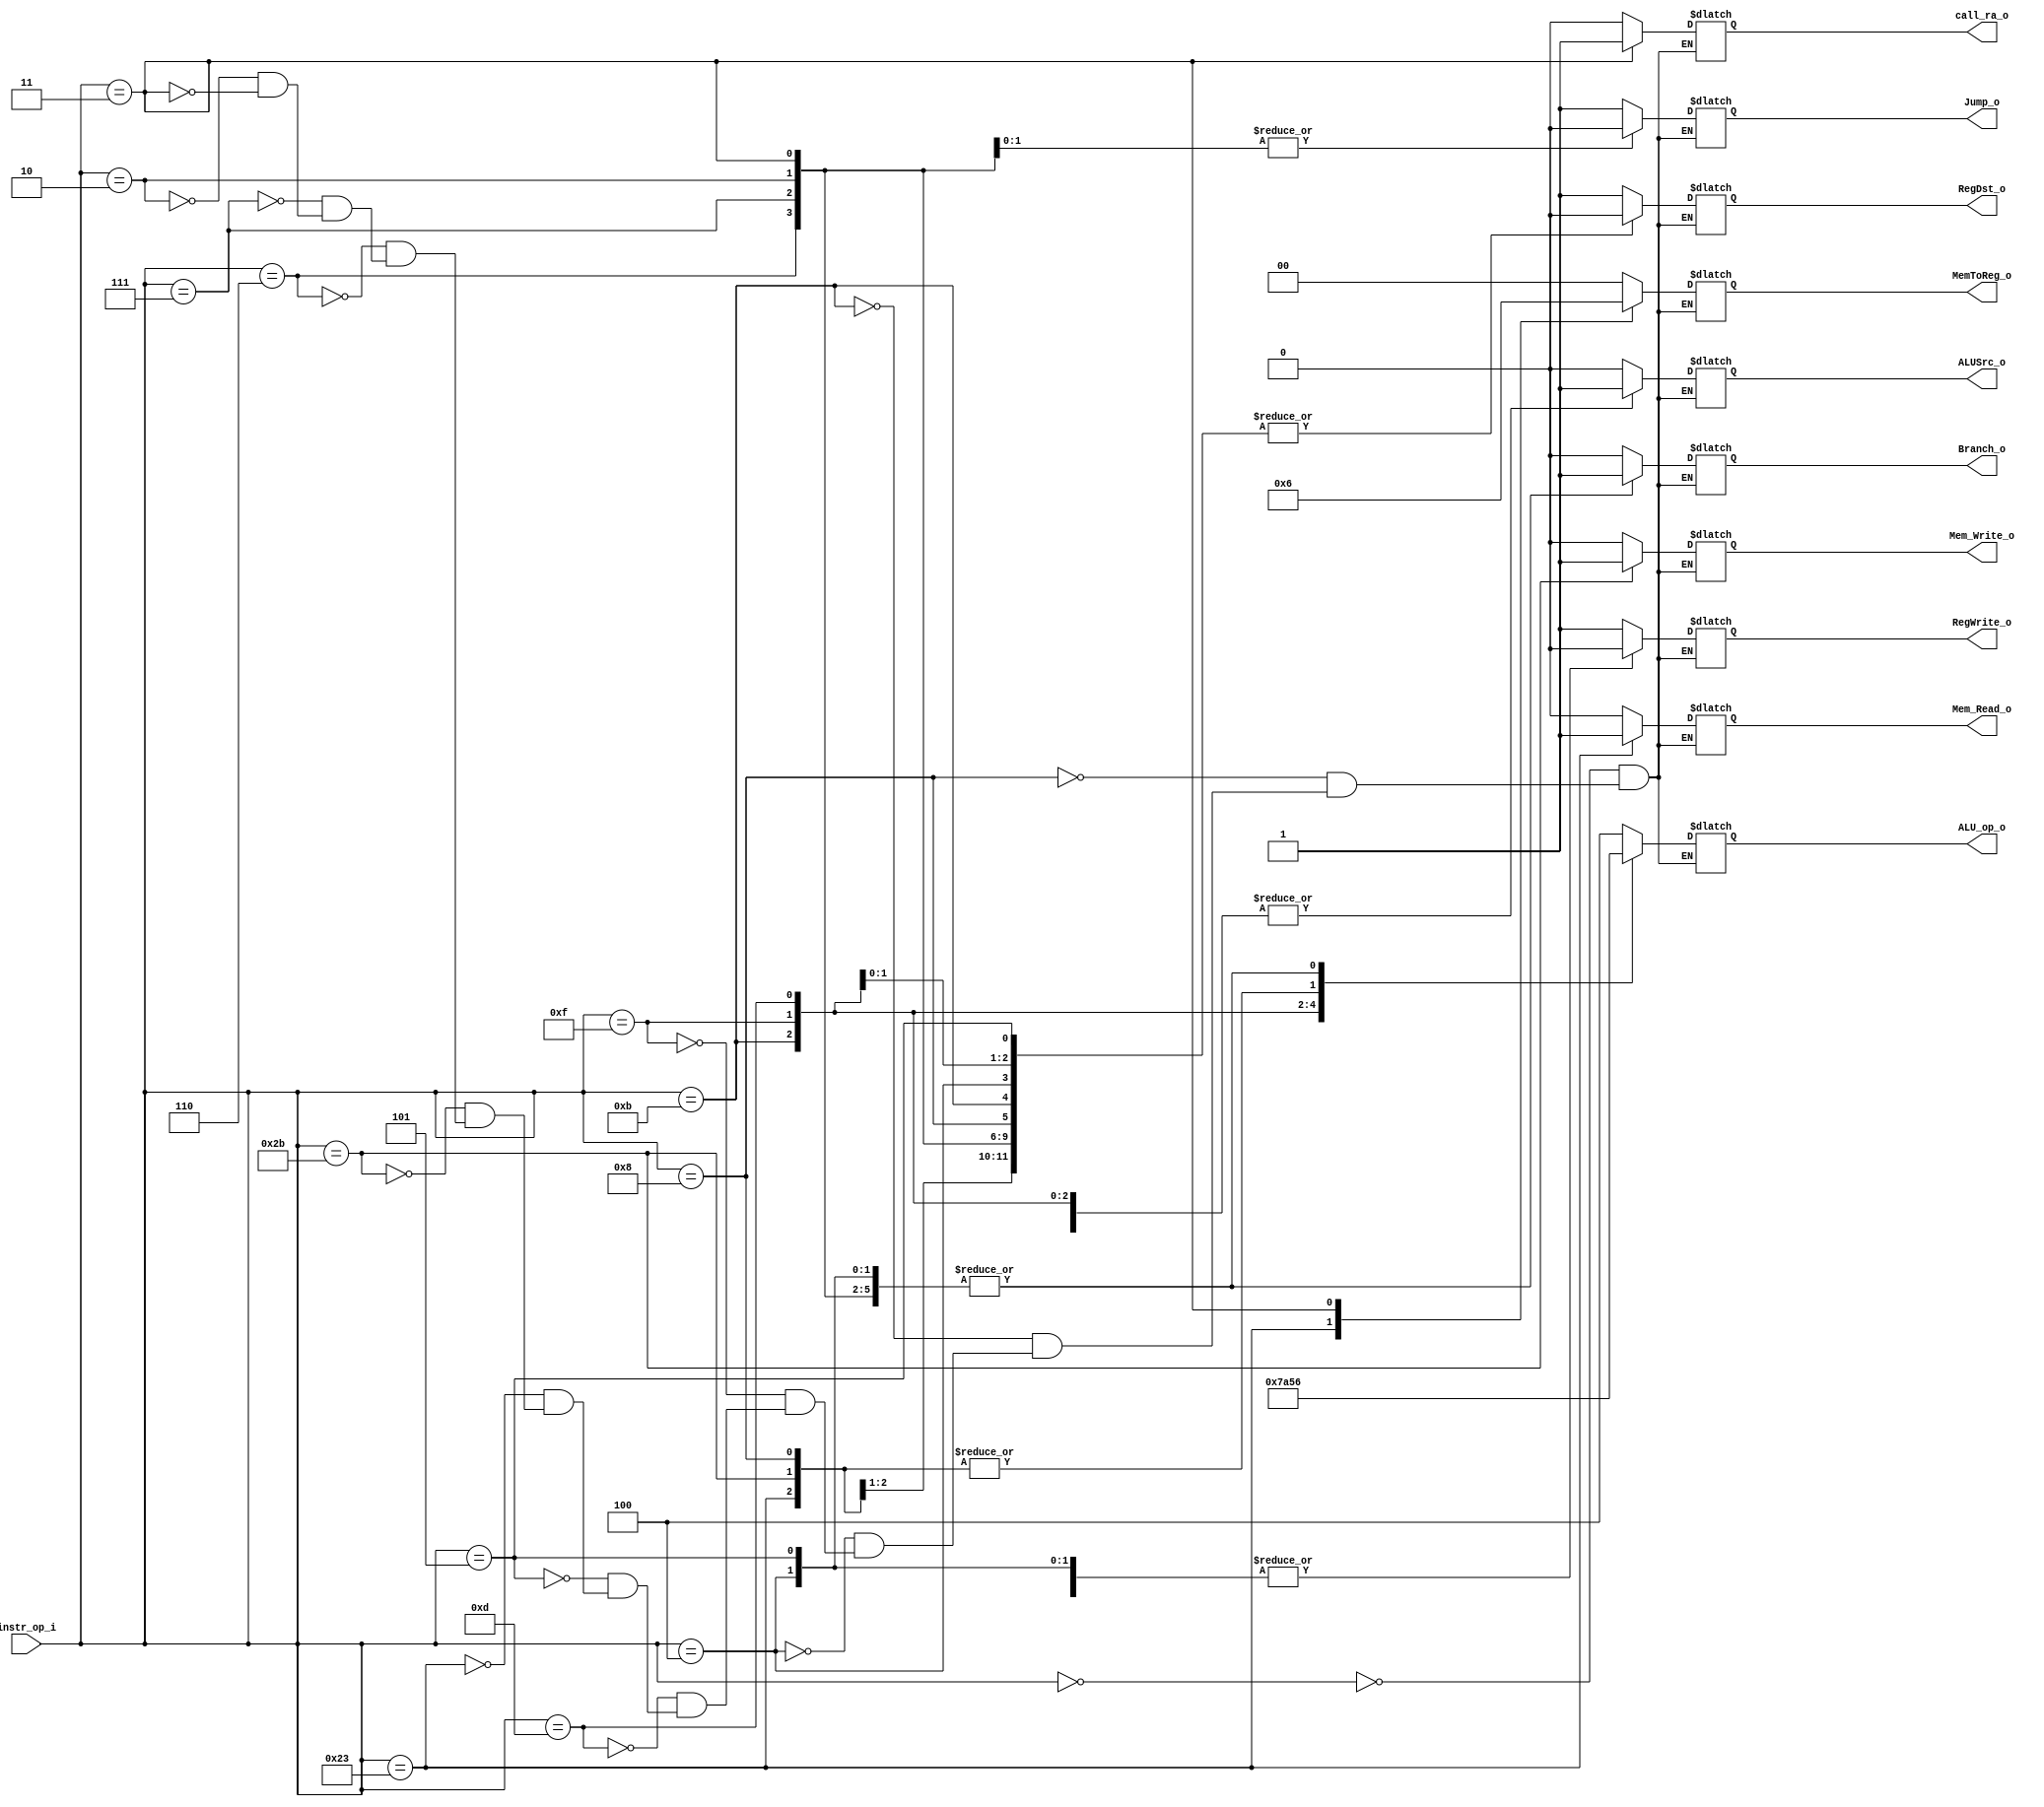

module Decoder(
    instr_op_i,
    RegWrite_o,
    ALU_op_o,
    ALUSrc_o,
    RegDst_o,
    Branch_o,
    Mem_Read_o,
    Mem_Write_o,
    MemToReg_o,
    Jump_o,
    call_ra_o
    );

//I/O ports
input  [6-1:0] instr_op_i;

output         RegWrite_o;
output [3-1:0] ALU_op_o;
output         ALUSrc_o;
output         RegDst_o;
output         Branch_o;
output		   Mem_Read_o;
output         Mem_Write_o;
output [2-1:0] MemToReg_o;
output         Jump_o;
output 		   call_ra_o;

//Internal Signals
reg    [3-1:0] ALU_op_in_o;
reg            ALUSrc_in_o;
reg            RegWrite_in_o;
reg            RegDst_in_o;
reg            Branch_in_o;
reg   		   Mem_Read_in_o;
reg            Mem_Write_in_o;
reg    [2-1:0] MemToReg_in_o;
reg            Jump_in_o;
reg            call_ra_in_o;

assign RegWrite_o = RegWrite_in_o;
assign ALU_op_o = ALU_op_in_o;
assign ALUSrc_o = ALUSrc_in_o;
assign RegDst_o = RegDst_in_o;
assign Branch_o = Branch_in_o;
assign Mem_Read_o = Mem_Read_in_o;
assign Mem_Write_o = Mem_Write_in_o;
assign MemToReg_o = MemToReg_in_o;
assign Jump_o = Jump_in_o;
assign call_ra_o = call_ra_in_o;

localparam [6-1:0] R_TY = 6'b000000, ADDI = 6'b001000, SLTIU = 6'b001011, BEQ = 6'b000100, LUI = 6'b001111, ORI = 6'b001101, BNE = 6'b000101,
				   LW = 6'b100011, SW = 6'b101011, BLEZ = 6'b000110, BGTZ = 6'b000111,
				   JUMP = 6'b000010, JAL = 6'b000011;

always @(*) begin
	case(instr_op_i)
		R_TY  : {RegWrite_in_o,ALUSrc_in_o,ALU_op_in_o,RegDst_in_o,Branch_in_o,Mem_Read_in_o,Mem_Write_in_o,MemToReg_in_o,Jump_in_o,call_ra_in_o} = {1'b1,1'b0,3'b100,1'b1,1'b0,1'b0,1'b0,2'b00,1'b1,1'b0};
		ADDI  : {RegWrite_in_o,ALUSrc_in_o,ALU_op_in_o,RegDst_in_o,Branch_in_o,Mem_Read_in_o,Mem_Write_in_o,MemToReg_in_o,Jump_in_o,call_ra_in_o} = {1'b1,1'b1,3'b010,1'b0,1'b0,1'b0,1'b0,2'b00,1'b1,1'b0};
		SLTIU : {RegWrite_in_o,ALUSrc_in_o,ALU_op_in_o,RegDst_in_o,Branch_in_o,Mem_Read_in_o,Mem_Write_in_o,MemToReg_in_o,Jump_in_o,call_ra_in_o} = {1'b1,1'b1,3'b111,1'b0,1'b0,1'b0,1'b0,2'b00,1'b1,1'b0};
		BEQ   : {RegWrite_in_o,ALUSrc_in_o,ALU_op_in_o,RegDst_in_o,Branch_in_o,Mem_Read_in_o,Mem_Write_in_o,MemToReg_in_o,Jump_in_o,call_ra_in_o} = {1'b0,1'b0,3'b110,1'b0,1'b1,1'b0,1'b0,2'b00,1'b1,1'b0};
		LUI   : {RegWrite_in_o,ALUSrc_in_o,ALU_op_in_o,RegDst_in_o,Branch_in_o,Mem_Read_in_o,Mem_Write_in_o,MemToReg_in_o,Jump_in_o,call_ra_in_o} = {1'b1,1'b1,3'b101,1'b0,1'b0,1'b0,1'b0,2'b00,1'b1,1'b0};
		ORI   : {RegWrite_in_o,ALUSrc_in_o,ALU_op_in_o,RegDst_in_o,Branch_in_o,Mem_Read_in_o,Mem_Write_in_o,MemToReg_in_o,Jump_in_o,call_ra_in_o} = {1'b1,1'b1,3'b001,1'b0,1'b0,1'b0,1'b0,2'b00,1'b1,1'b0};
		BNE   :	{RegWrite_in_o,ALUSrc_in_o,ALU_op_in_o,RegDst_in_o,Branch_in_o,Mem_Read_in_o,Mem_Write_in_o,MemToReg_in_o,Jump_in_o,call_ra_in_o} = {1'b0,1'b0,3'b110,1'b0,1'b1,1'b0,1'b0,2'b00,1'b1,1'b0};
		LW    :	{RegWrite_in_o,ALUSrc_in_o,ALU_op_in_o,RegDst_in_o,Branch_in_o,Mem_Read_in_o,Mem_Write_in_o,MemToReg_in_o,Jump_in_o,call_ra_in_o} = {1'b1,1'b1,3'b010,1'b0,1'b0,1'b1,1'b0,2'b01,1'b1,1'b0};	
		SW    :	{RegWrite_in_o,ALUSrc_in_o,ALU_op_in_o,RegDst_in_o,Branch_in_o,Mem_Read_in_o,Mem_Write_in_o,MemToReg_in_o,Jump_in_o,call_ra_in_o} = {1'b0,1'b1,3'b010,1'b0,1'b0,1'b0,1'b1,2'b00,1'b1,1'b0};	
		BLEZ  :	{RegWrite_in_o,ALUSrc_in_o,ALU_op_in_o,RegDst_in_o,Branch_in_o,Mem_Read_in_o,Mem_Write_in_o,MemToReg_in_o,Jump_in_o,call_ra_in_o} = {1'b0,1'b0,3'b110,1'b0,1'b1,1'b0,1'b0,2'b00,1'b1,1'b0};	
		BGTZ  :	{RegWrite_in_o,ALUSrc_in_o,ALU_op_in_o,RegDst_in_o,Branch_in_o,Mem_Read_in_o,Mem_Write_in_o,MemToReg_in_o,Jump_in_o,call_ra_in_o} = {1'b0,1'b0,3'b110,1'b0,1'b1,1'b0,1'b0,2'b00,1'b1,1'b0};	
		JUMP  :	{RegWrite_in_o,ALUSrc_in_o,ALU_op_in_o,RegDst_in_o,Branch_in_o,Mem_Read_in_o,Mem_Write_in_o,MemToReg_in_o,Jump_in_o,call_ra_in_o} = {1'b0,1'b0,3'b110,1'b0,1'b1,1'b0,1'b0,2'b00,1'b0,1'b0};	//*
		JAL   :	{RegWrite_in_o,ALUSrc_in_o,ALU_op_in_o,RegDst_in_o,Branch_in_o,Mem_Read_in_o,Mem_Write_in_o,MemToReg_in_o,Jump_in_o,call_ra_in_o} = {1'b1,1'b0,3'b110,1'b0,1'b1,1'b0,1'b0,2'b10,1'b0,1'b1};	//*
	endcase
end

endmodule